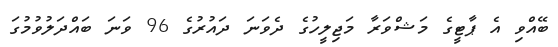
ބޭއްވި އެ ޕާޓީގެ މަޝްވަރާ މަޖިލީހުގެ ދެވަނަ ދައުރުގެ 96 ވަނަ ބައްދަލުވުމުގަ